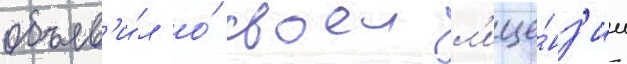
объяв'и́л о́ своеи л'ице́нз'ии